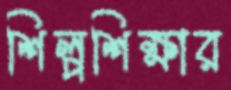
শিল্পশিক্ষার